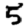
Digit: 5